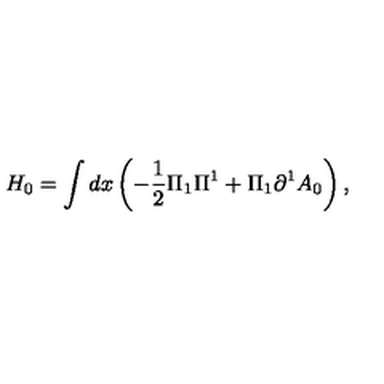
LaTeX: H _ { 0 } = \int d x \left( { - \frac { 1 } { 2 } \Pi _ { 1 } \Pi ^ { 1 } + \Pi _ { 1 } \partial ^ { 1 } A _ { 0 } } \right) ,